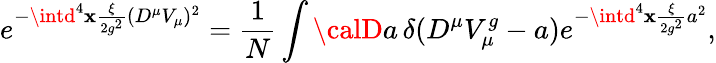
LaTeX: e^{-\intd^{4}\mathbf{x}\frac{{\xi}}{{2g^{2}}}(D^{\mu}V_{\mu})^{2}}=\frac{{1}}{{N}}\int{\calD}a\, \delta(D^{\mu}V_{\mu}^{g}-a)e^{-\intd^{4}\mathbf{x}\frac{{\xi}}{{2g^{2}}}a^{2}},